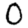
Digit: 0